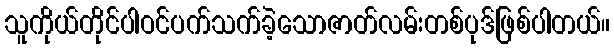
သူကိုယ်တိုင်ပါဝင်ပက်သက်ခဲ့သောဇာတ်လမ်းတစ်ပုဒ်ဖြစ်ပါတယ်။